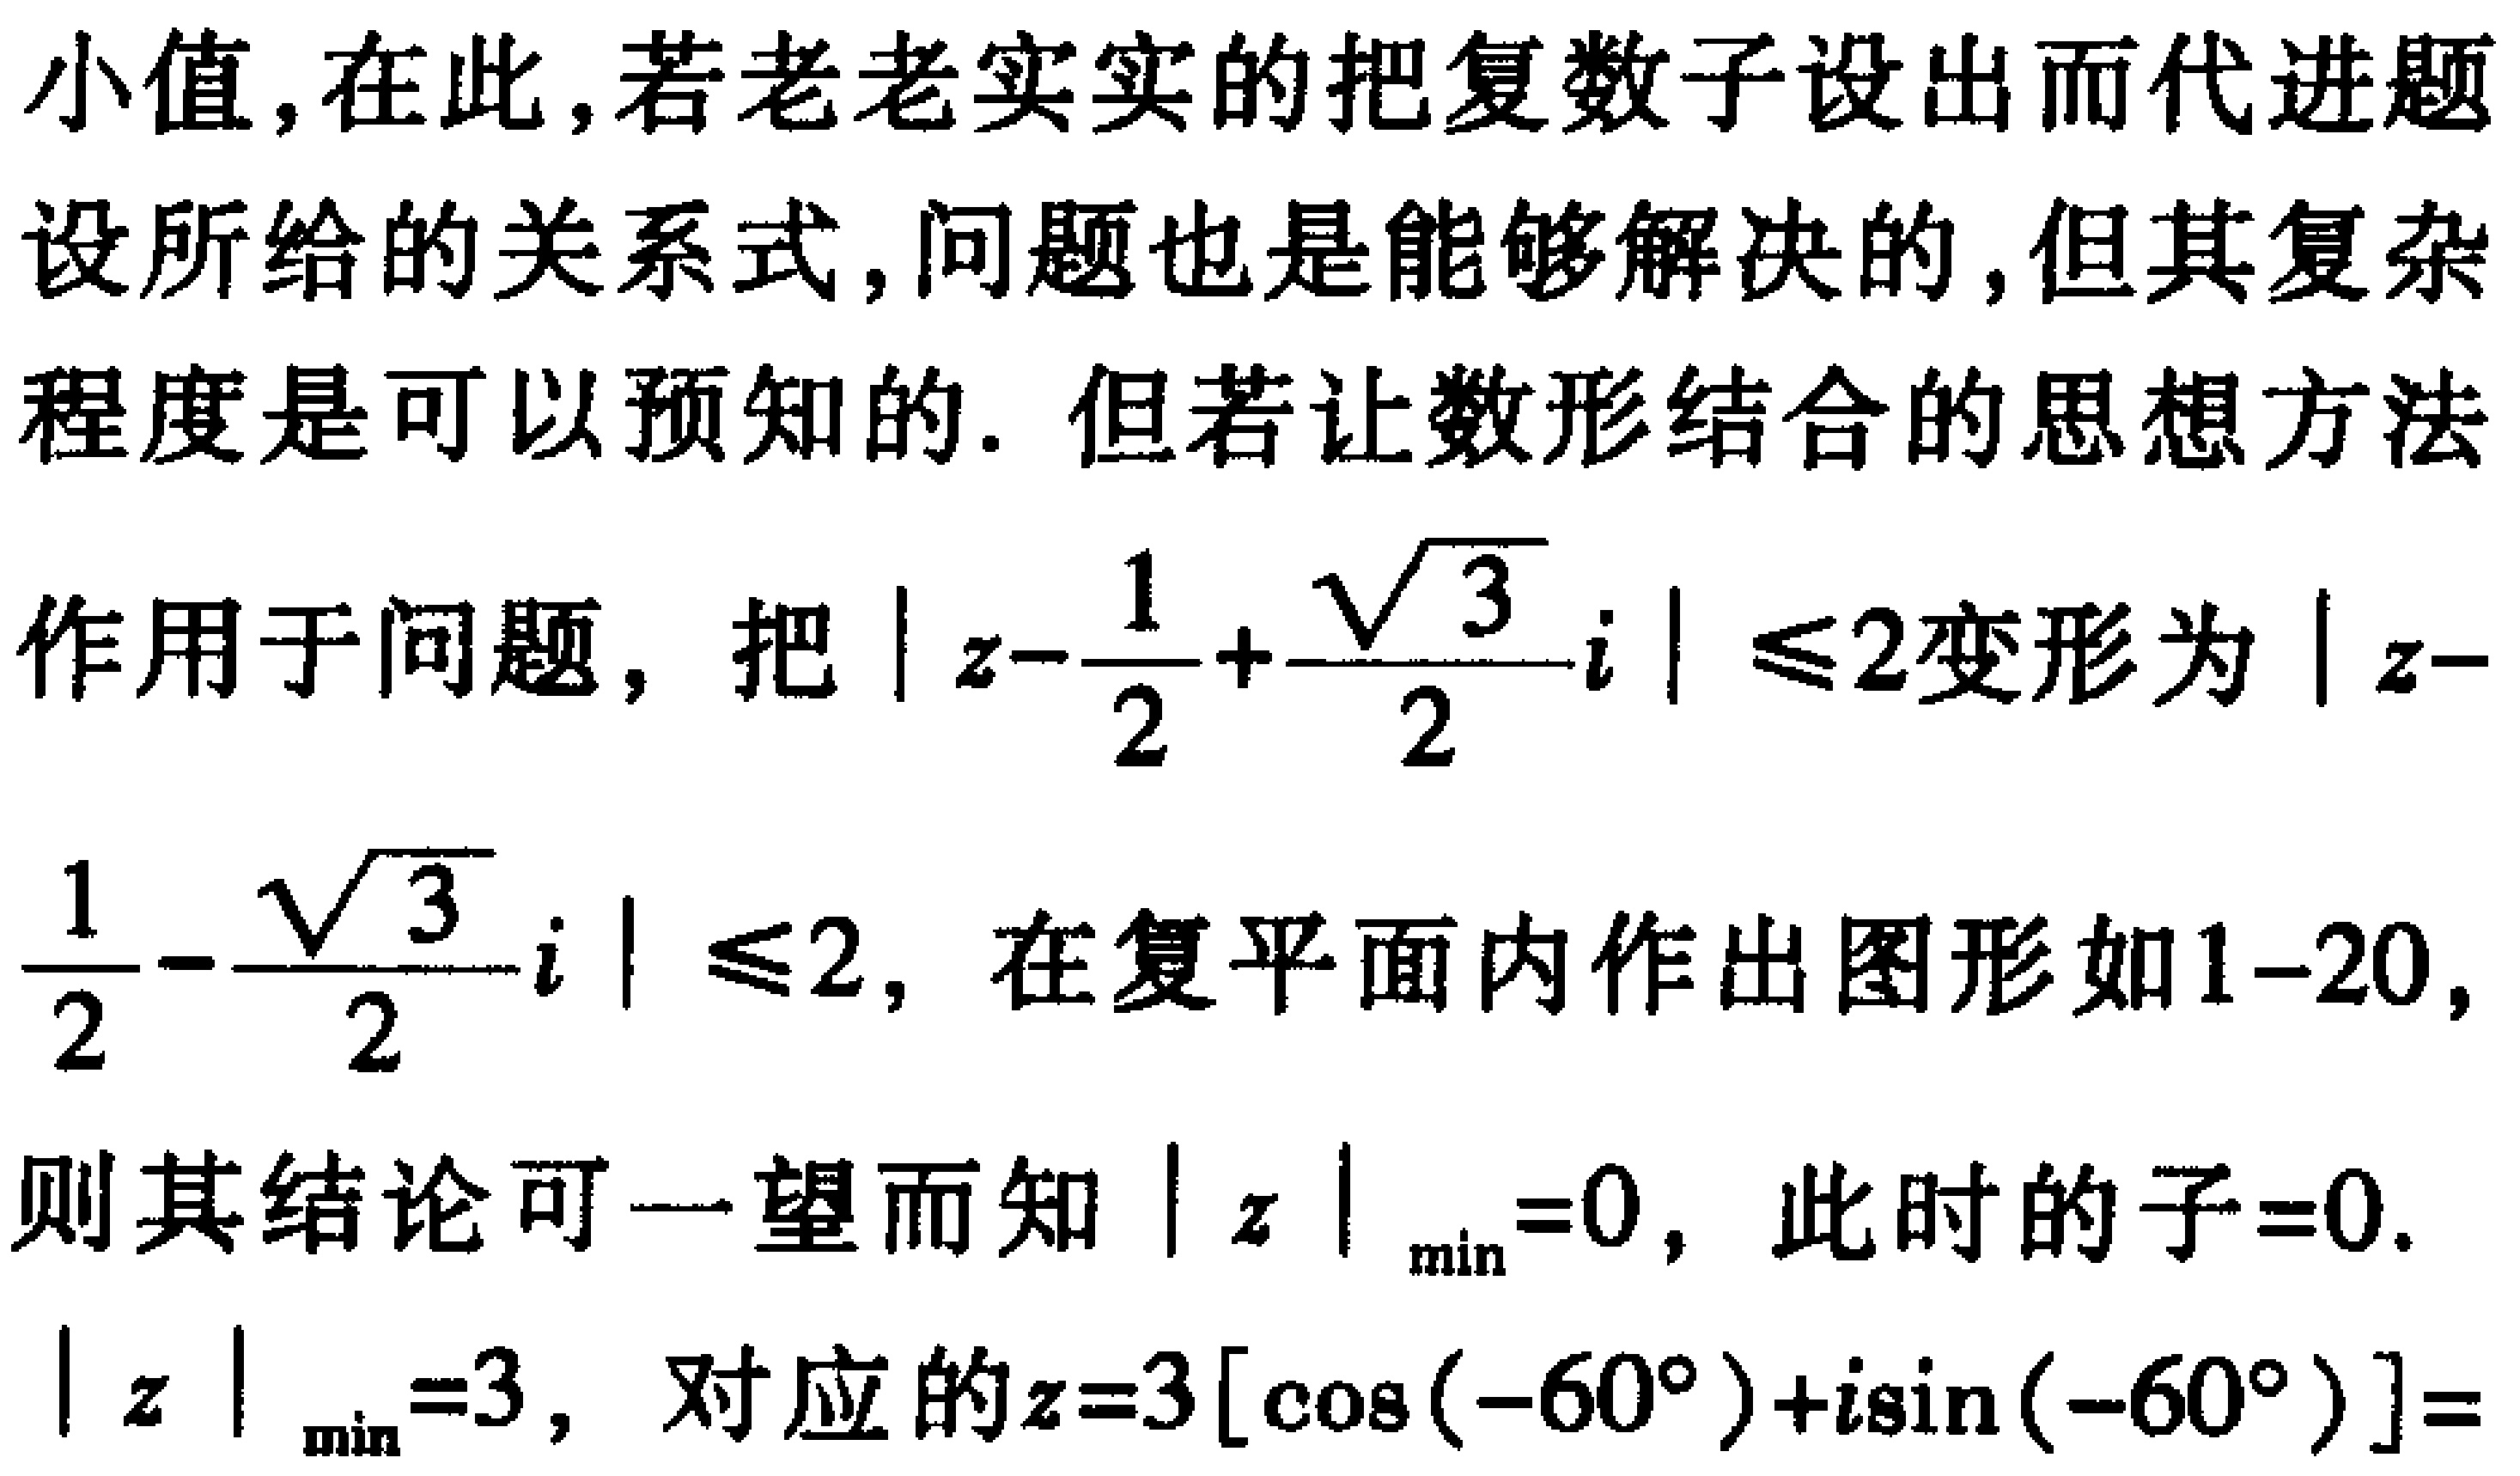
最小值,在此,若老老实实的把复数子设出而代进题设所给的关系式,问题也是能够解决的,但其复杂程度是可以预知的. 但若让数形结合的思想方法作用于问题，把\(\vert z - \frac{1}{2} + \frac{\sqrt{3}}{2}i\vert\leqslant2\)变形为\(\vert z - \frac{1}{2} - \frac{\sqrt{3}}{2}i\vert\leqslant2\)，在复平面内作出图形如1 - 20，则其结论可一望而知\(\vert z\vert_{\min}=0\)，此时的子 = 0.\(\vert z\vert_{\min}=3\)，对应的\(z = 3[\cos(-60^{\circ})+i\sin(-60^{\circ})]=\)